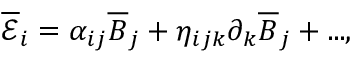
\overline { { \mathcal { E } } } _ { i } = \alpha _ { i j } \overline { { B } } _ { j } + \eta _ { i j k } \partial _ { k } \overline { { B } } _ { j } + . . . ,